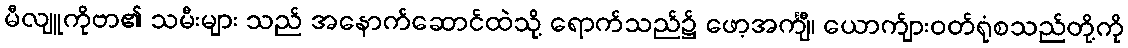
မီလျူကိုဗာ၏ သမီးများ သည် အနောက်ဆောင်ထဲသို့ ရောက်သည်၌ ဖော့အင်္ကျီ၊ ယောက်ျားဝတ်ရုံစသည်တို့ကို